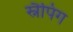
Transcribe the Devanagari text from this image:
स्नैपिंग